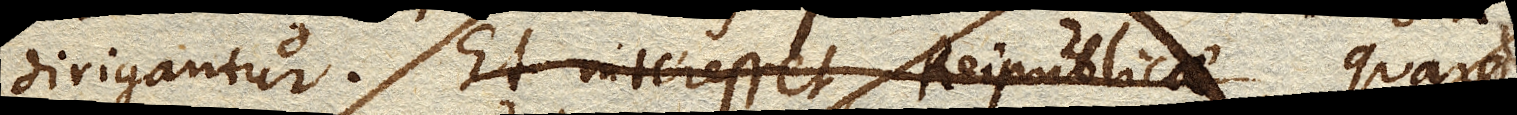
Et interesset Rei publicae Quare